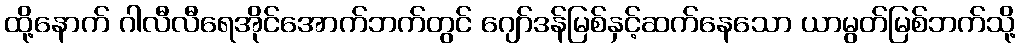
ထို့နောက် ဂါလီလီရေအိုင်အောက်ဘက်တွင် ဂျော်ဒန်မြစ်နှင့်ဆက်နေသော ယာမွတ်မြစ်ဘက်သို့